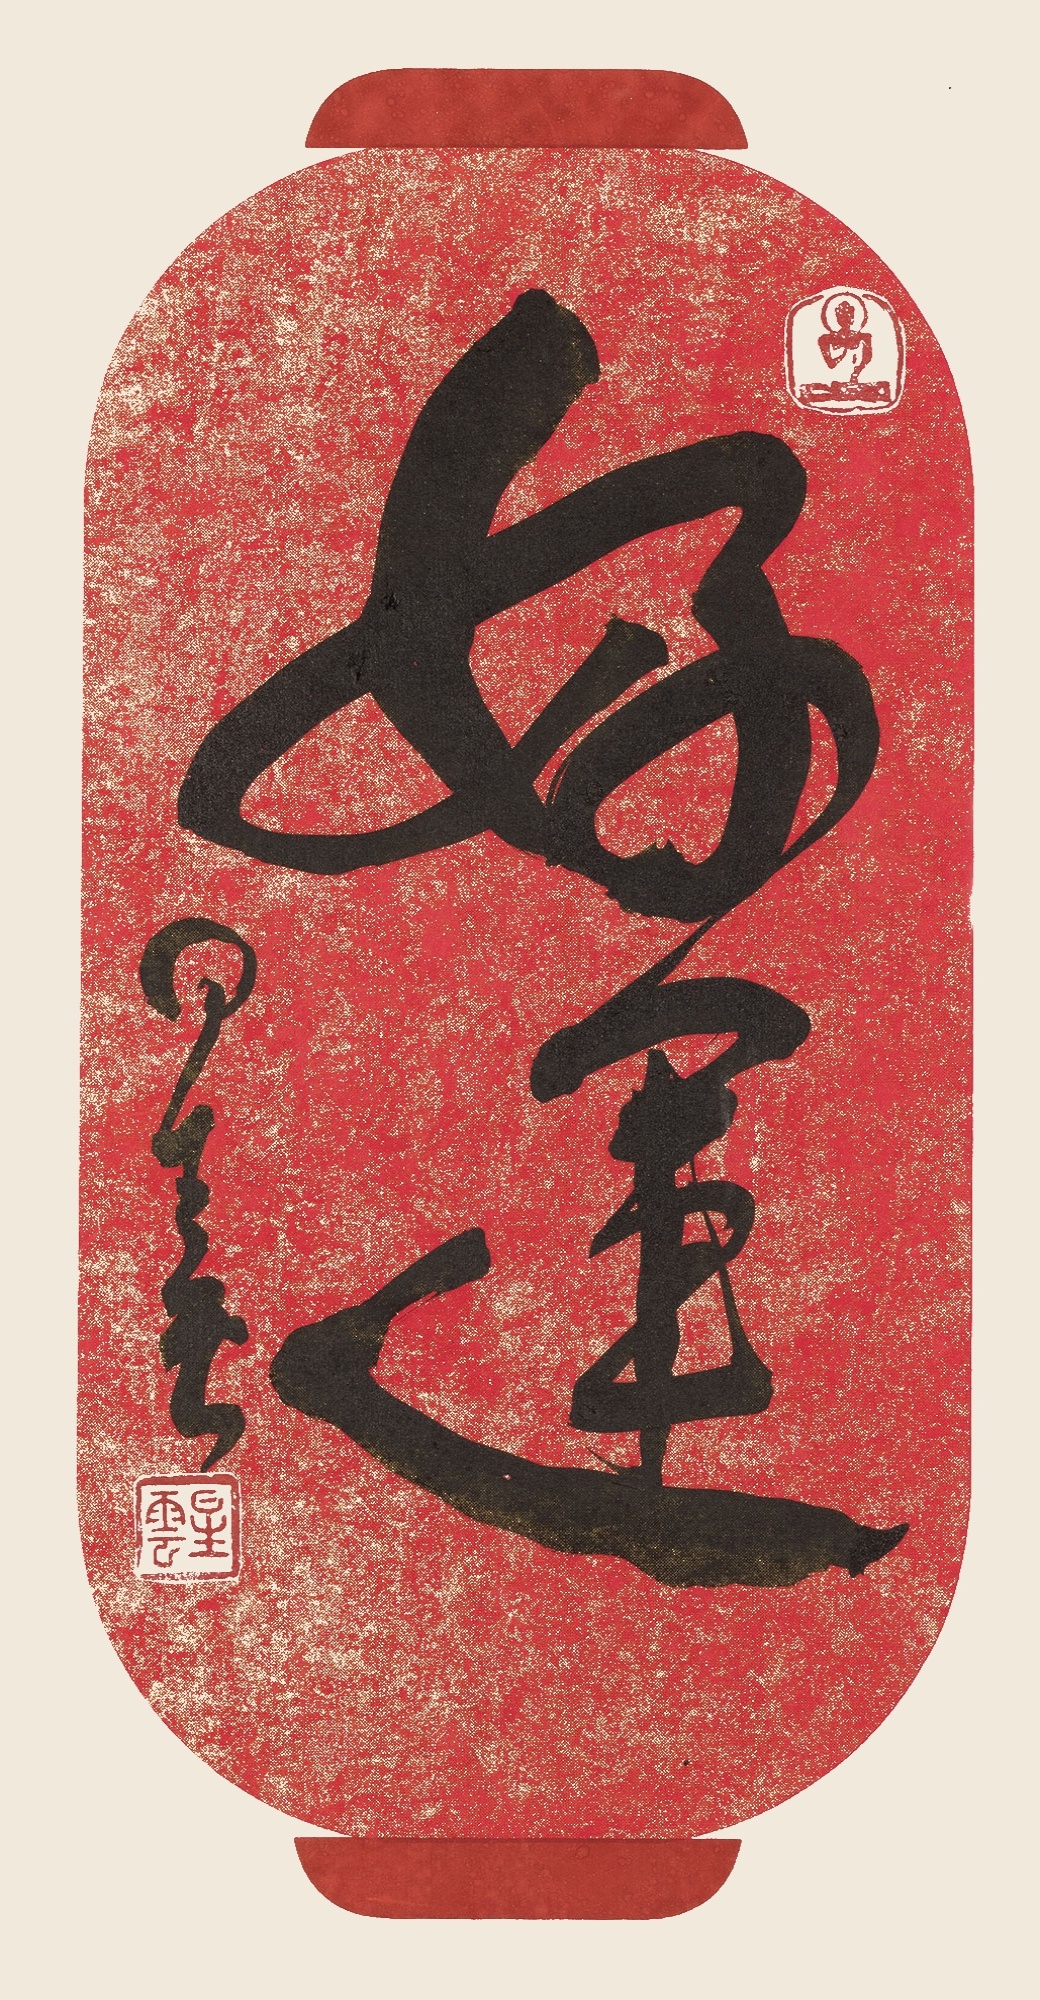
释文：好运星云。